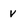
Character: v